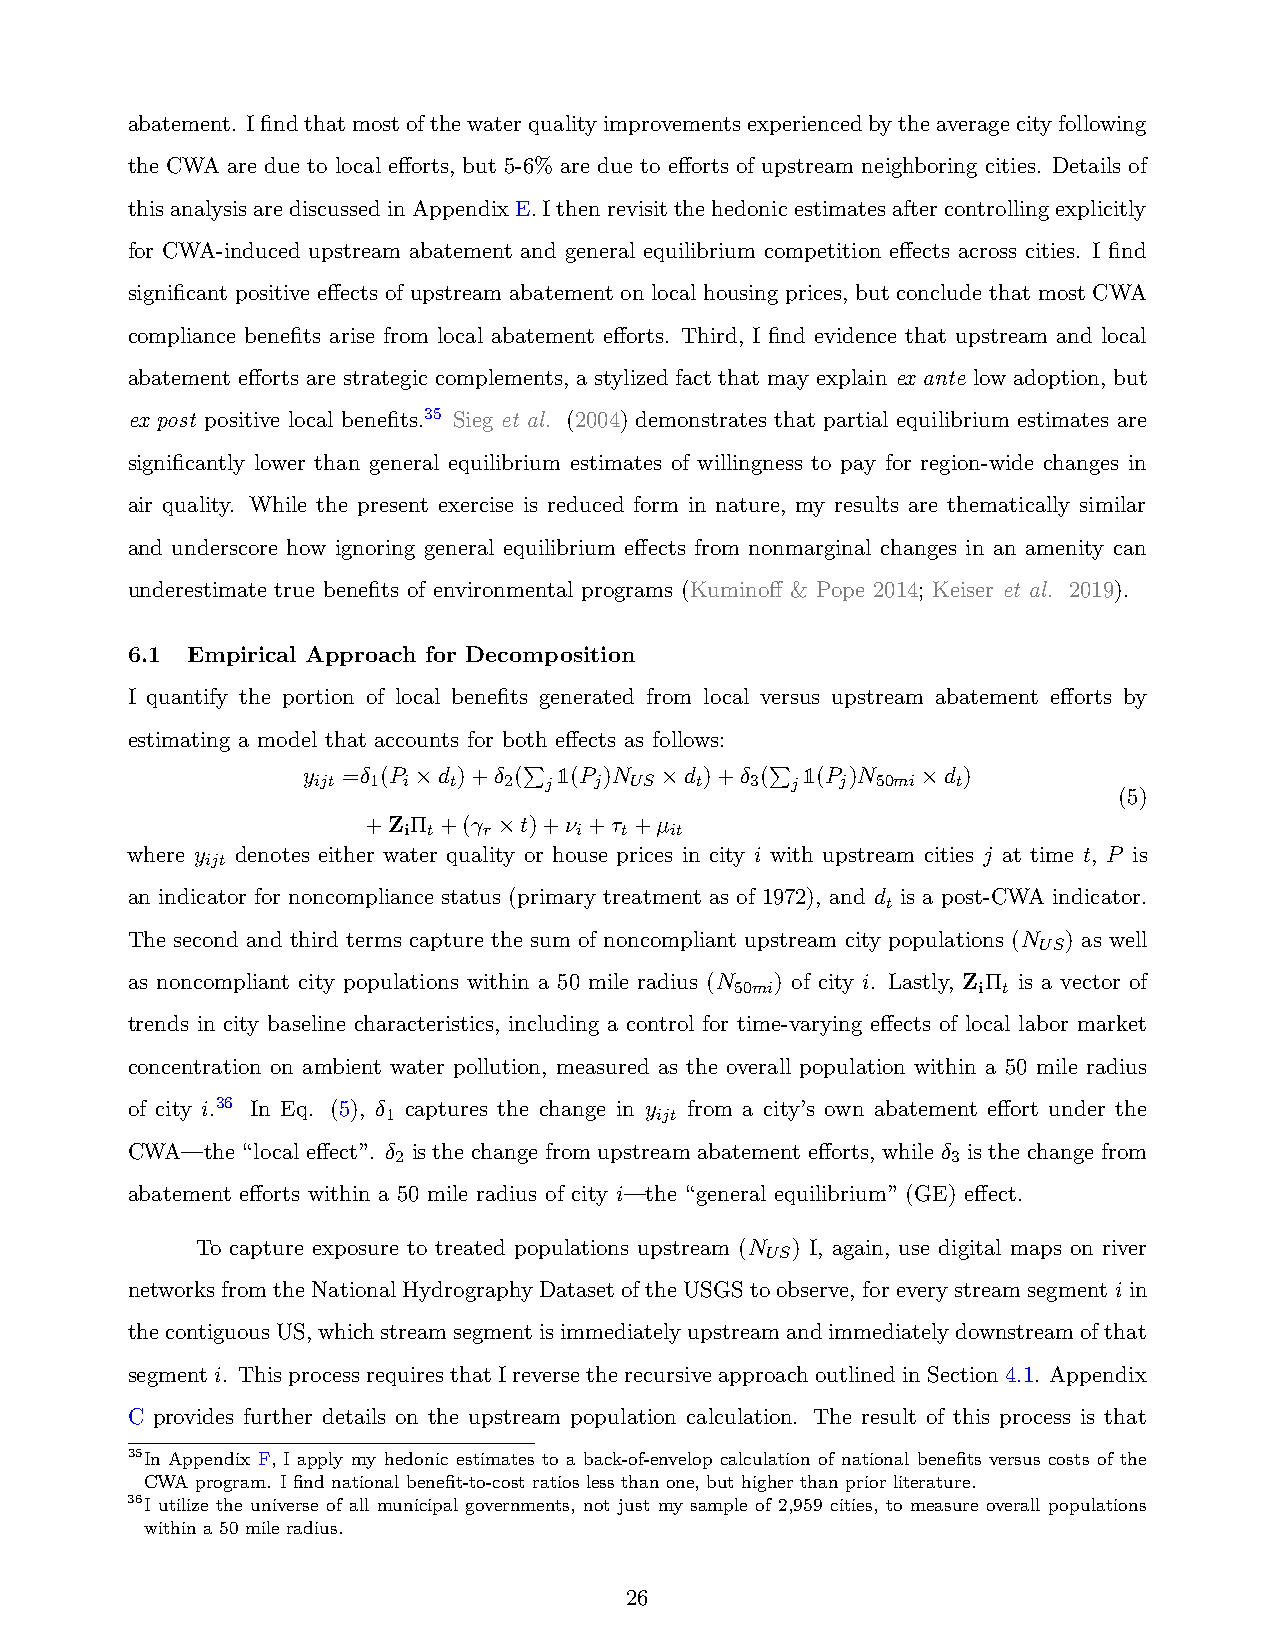
abatement. Ifindthatmostofthewaterqualityimprovementsexperiencedbytheaveragecityfollowing
 the CWA are due to local efforts, but 5-6% are due to efforts of upstream neighboring cities. Details of
 thisanalysisarediscussedinAppendixE.Ithenrevisitthehedonicestimatesaftercontrollingexplicitly
 for CWA-induced upstream abatement and general equilibrium competition effects across cities. I find
 significant positive effects of upstream abatement on local housing prices, but conclude that most CWA
 compliance benefits arise from local abatement efforts. Third, I find evidence that upstream and local
 abatement efforts are strategic complements, a stylized fact that may explain ex ante low adoption, but
 ex post positive local benefits.35 Sieg et al. (2004) demonstrates that partial equilibrium estimates are
 significantly lower than general equilibrium estimates of willingness to pay for region-wide changes in
 air quality. While the present exercise is reduced form in nature, my results are thematically similar
 and underscore how ignoring general equilibrium effects from nonmarginal changes in an amenity can
 underestimate true benefits of environmental programs (Kuminoff & Pope 2014; Keiser et al. 2019).
 6.1 Empirical Approach for Decomposition
 I quantify the portion of local benefits generated from local versus upstream abatement efforts by
 estimating a model that accounts for both effects as follows:
 y  =δ (P ×d )+δ (P 1(P )N ×d )+δ (P 1(P )N ×d )
 ijt 1 i  t  2  j  j  US  t   3 j   j 50mi t
 (5)
 +Z Π +(γ ×t)+ν +τ +µ
 i t  r     i  t  it
 where y denotes either water quality or house prices in city i with upstream cities j at time t, P is
 ijt
 an indicator for noncompliance status (primary treatment as of 1972), and d is a post-CWA indicator.
 t
 The second and third terms capture the sum of noncompliant upstream city populations (N ) as well
 US
 as noncompliant city populations within a 50 mile radius (N ) of city i. Lastly, Z Π is a vector of
 50mi            i t
 trends in city baseline characteristics, including a control for time-varying effects of local labor market
 concentration on ambient water pollution, measured as the overall population within a 50 mile radius
 of city i.36 In Eq. (5), δ captures the change in y from a city’s own abatement effort under the
 1                ijt
 CWA—the “local effect”. δ is the change from upstream abatement efforts, while δ is the change from
 2                                    3
 abatement efforts within a 50 mile radius of city i—the “general equilibrium” (GE) effect.
 To capture exposure to treated populations upstream (N ) I, again, use digital maps on river
 US
 networksfromtheNationalHydrographyDatasetoftheUSGStoobserve, foreverystreamsegmentiin
 thecontiguousUS,whichstreamsegmentisimmediatelyupstreamandimmediatelydownstreamofthat
 segmenti. Thisprocess requiresthat Ireverse therecursiveapproach outlinedin Section 4.1. Appendix
 C provides further details on the upstream population calculation. The result of this process is that
 35In Appendix F, I apply my hedonic estimates to a back-of-envelop calculation of national benefits versus costs of the
 CWA program. I find national benefit-to-cost ratios less than one, but higher than prior literature.
 36I utilize the universe of all municipal governments, not just my sample of 2,959 cities, to measure overall populations
 within a 50 mile radius.
 26